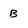
Character: B